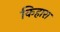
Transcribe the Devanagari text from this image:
किहारा